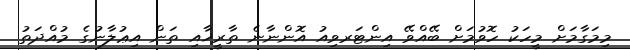
މިމަގާމަށް މީހަކު ހޮވުމަށް ބޭއްވޭ އިންޓަރވިއު އޮންނާނެ ތާރީޚާއި ތަން އިޢުލާނުގެ މުއްދަތު